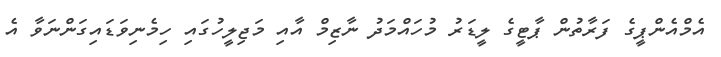
އެމްއެންޕީގެ ފަރާތުން ޕާޓީގެ ލީޑަރު މުހައްމަދު ނާޒިމް އާއި މަޖިލީހުގައި ހިމެނިވަޑައިގަންނަވާ އެ